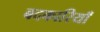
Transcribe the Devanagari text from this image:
बदकारियाँ